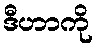
ဒီဟာကို